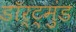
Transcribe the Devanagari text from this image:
डॉर्ट्मुंड